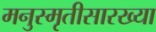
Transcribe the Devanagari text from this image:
मनुस्मृतीसारख्या